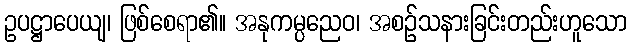
ဥပဋ္ဌာပေယျ၊ ဖြစ်စေရာ၏။ အနုကမ္ပညေဝ၊ အစဉ်သနားခြင်းတည်းဟူသော